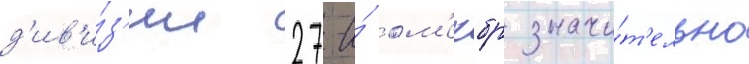
д'ив'и́з'ии 27-и́ ом'ехбр значи́т'ельно